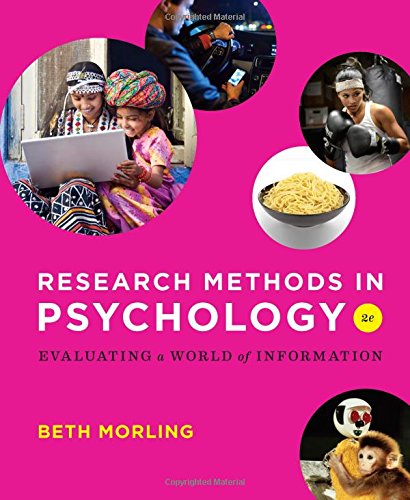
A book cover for Research Methods in Psychology: Evaluating a World of Information (Second Edition); Beth Morling; Medical Books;